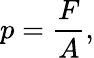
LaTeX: p={\frac{F}{A}},